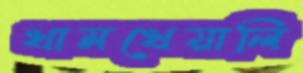
খামখেয়ালি